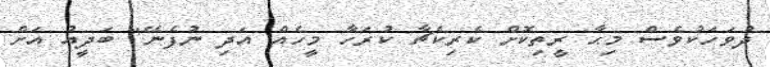
ދުވަހަކުވެސް މިޙާ ރީތިކޮށް ކެރިކެޗާ ކުރަހާ މީހެއް އަދި ނުފެނޭ" ބަދީއު އަށް